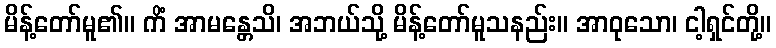
မိန့်တော်မူ၏။ ကိံ အာမန္တေသိ၊ အဘယ်သို့ မိန့်တော်မူသနည်း။ အာဝုသော၊ ငါ့ရှင်တို့။